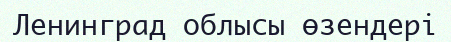
Ленинград облысы өзендері